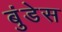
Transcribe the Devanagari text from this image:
बुंडेस